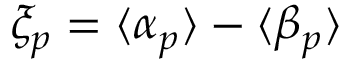
\xi _ { p } = \langle { \alpha } _ { p } \rangle - \langle { \beta } _ { p } \rangle